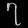
Digit: ၇